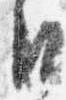
日